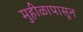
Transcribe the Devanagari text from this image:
मुहीळापासून